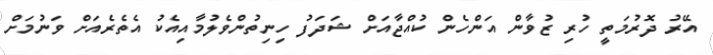
އޭރު ދޮރުމަތީ ހުރި ޒުވާން އަންހެން ކުއްޖާއަށް ޝަދަފު ހިނިތުންވެލުމާއިއެކު އެތެރެއަށް ވަނުމަށް